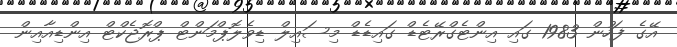
އޭގެ ފަހުން 1983 ގައި އިންޓެގްރޭޓެޑް ގައިޑެޑް މިސައިލް ޑިވެލޮޕްމަންޓް ޕްރޮޖެކްޓް އިންޑިއާއިން